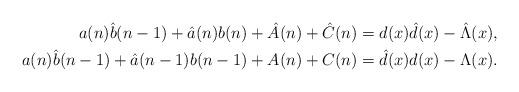
LaTeX: \begin{align*} a(n) \hat{b}(n-1) + \hat{a}(n) b(n) + {\hat{A}}(n) + {\hat{C}}(n) = d(x){\hat{d}}(x)- \hat{\Lambda} ( x), \\ a(n) \hat{b}(n-1) + \hat{a}(n-1) b(n-1) + A(n) + C(n) = {\hat{d}}(x) d(x)- \Lambda ( x).\end{align*}